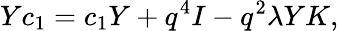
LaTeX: Yc_{1}=c_{1}Y+q^{4}I-q^{2}\lambda YK,